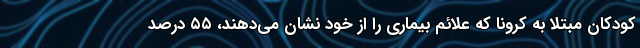
کودکان مبتلا به کرونا که علائم بیماری را از خود نشان می‌دهند، ۵۵ درصد